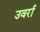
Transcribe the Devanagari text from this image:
उवर्रा